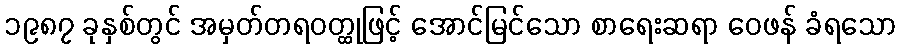
၁၉၈၇ ခုနှစ်တွင် အမှတ်တရဝတ္ထုဖြင့် အောင်မြင်သော စာရေးဆရာ ဝေဖန် ခံရသော